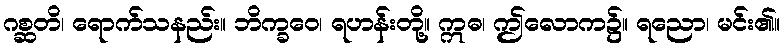
ဂစ္ဆတိ၊ ရောက်သနည်း။ ဘိက္ခဝေ၊ ရဟန်းတို့။ ဣဓ၊ ဤလောက၌။ ရညော၊ မင်း၏။